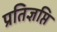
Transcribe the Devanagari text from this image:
प्रतिज्ञप्ति